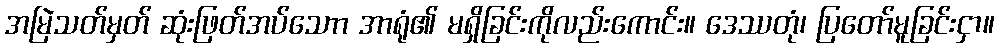
အမြဲသတ်မှတ် ဆုံးဖြတ်အပ်သောာ အာရုံ၏ မရှိခြင်းကိုလည်းကောင်း။ ဒေဿတုံ၊ ပြတော်မူခြင်းငှာ။